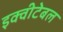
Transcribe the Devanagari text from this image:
इक्वीटेबल